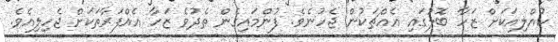
ކުއްލިއަކަށް ޒަހާ ބޮލުގައި އެއްޗަކުން ޖެހުނެވެ. ފުންމައިގެން ތެދުވެ ޒަހާ އެއްފަރާތަކަށް ޖެހިލިއެވެ.